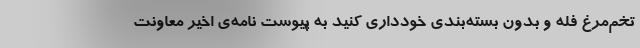
تخم‌مرغ فله و بدون بسته‌بندی خودداری کنید به پیوست نامه‌ی اخیر معاونت